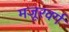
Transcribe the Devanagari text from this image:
मजूरवर्ग